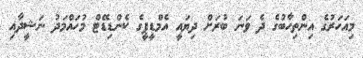
މިއަހަރުގެ އިންތިހާބުގެ ދެ ވަނަ ބުރަށް ދިޔައީ އެމްޑީޕީގެ ކެންޑިޑޭޓް މުހައްމަދު ނަޝީދާއި